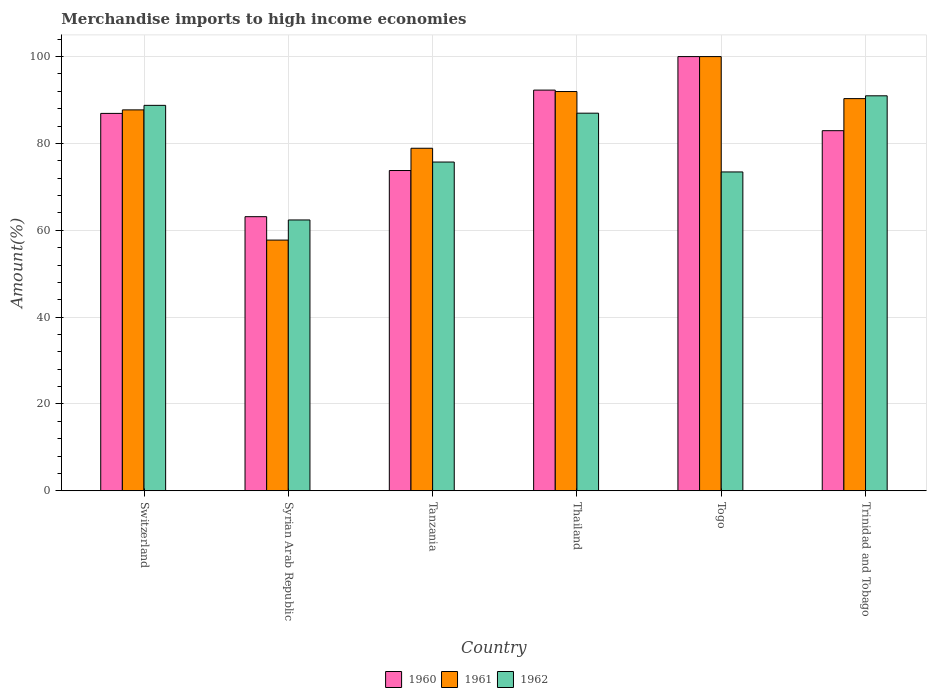
| Country | 1960 | 1961 | 1962 |
 | --- | --- | --- | --- |
 | Switzerland | 86.9 | 87.7 | 88.8 |
 | Syrian Arab Republic | 63.1 | 57.7 | 62.4 |
 | Tanzania | 73.8 | 78.9 | 75.7 |
 | Thailand | 92.3 | 92 | 87 |
 | Togo | 100 | 100 | 73.4 |
 | Trinidad and Tobago | 82.9 | 90.3 | 91 |